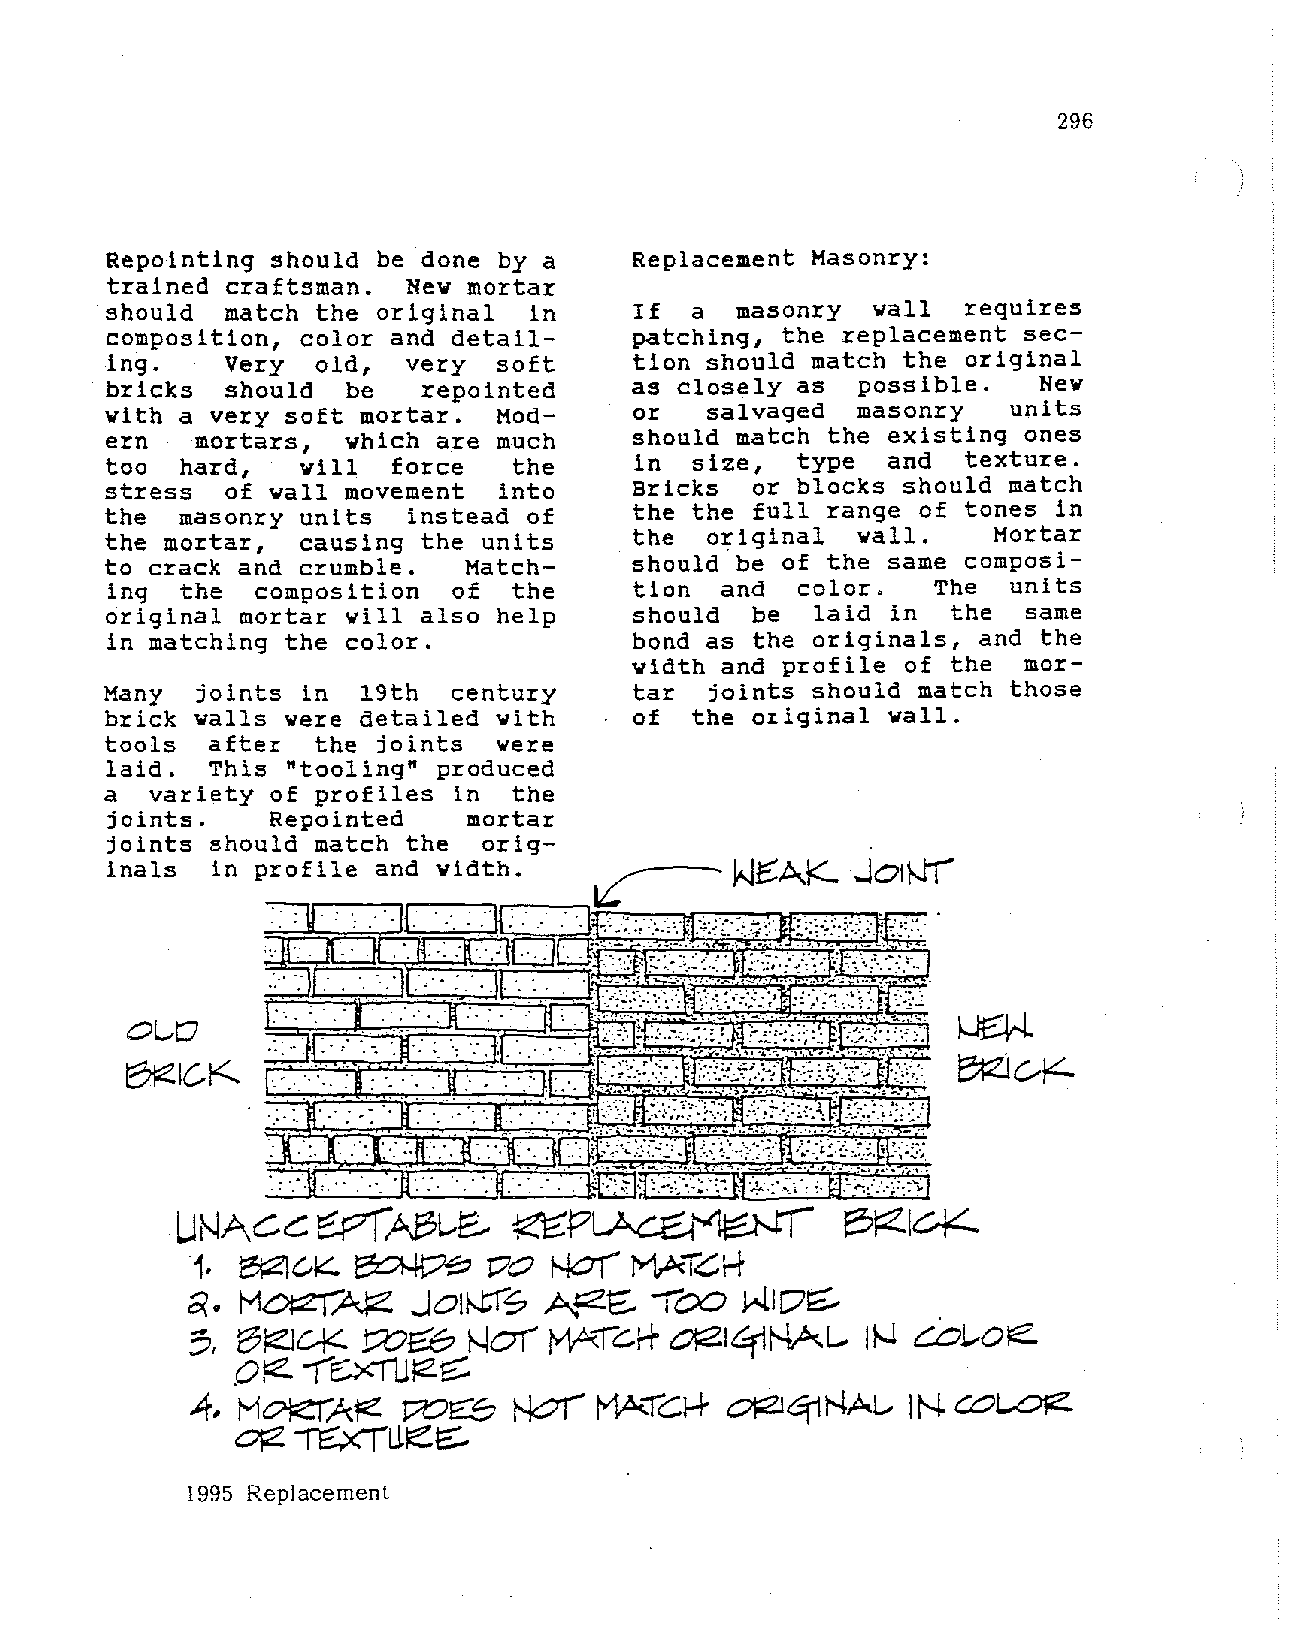
296
 Repainting should be done by a     Replacement Masonry:
 trained craftsman.  New mortar
 should  match the original  in     If  a  masonry  wall  requires
 composition, color and detail      patching, the replacement sec
 ing.    Very  old,  very  soft     tion should match the original
 bricks  should  be   repainted     as closely as  possible.   New
 with a very soft mortar.  Mod      or   salvaged  masonry   units
 ern   mortars,  which are m.uch    should match the existing ones
 too  hard,   will  force   the     in  size,  type  and  texture.
 stress  of wall movement  into     Bricks  or blocks should match
 the  masonry units  instead of     the the full range of tones in
 the mortar,  causing the units     the  original  wall.    Mortar
 to crack and crumble.   Match      should be of the same composi
 ing  the  composition  of  the     tion  and  color.   The  units
 original mortar will also help     should  be  laid in  the  same
 in matching the color.             bond as the originals, and the
 width and profile of the  mor
 Many  joints in  19th  century     tar  joints should match those
 brick walls were detailed with     of  the oiiginal wall.
 tools  after  the joints  were
 laid.  This "tooling" produced
 a  variety of profiles in  the
 joints.    Repainted    mortar
 joints should match the  orig-
 inals  in profile and width.    ~         Y-JJ:::AK ..Jolr.Ji
 ~d{n         ~crllll'fl
 ow
 fl•i·
 ~R     2!Tirt:;:tiL~               ~"'-
 !
 ""'k:-K .
 ~:;r~~      :iifirJiliJ$1G~I
 ___:__.....:...:._ . . •. • • :_______:_~_____:____:_ ~ ~: -_-.-:-~ .-......_ _. _ ....:-.-. ·'<i: :· • .:.·.""'..:';.~
 UNAC<::::
 ~ABL-E..     ~PL.Aa::1~            E.5FZI~
 vo
 1· ~c-~::::. ~          NO(  ~~~r+
 o;.
 Jail-tiS        1"00
 Ha:zl~              A~E:.        J-•liD~
 ~, (?F;::Ic.+::. WC:O ~of MA.Ic.f+ 0!21c:{JNAL.. IN caJ..-o~
 .OFZ
 -(E:XrlJtz~
 ..f, HO!efAj:ie VDE:"S N<:.?i MA<.Ict+ otZI~NAt..- IN co~
 otz
 ~U.~t:::-
 1995 Replacement